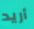
أريد